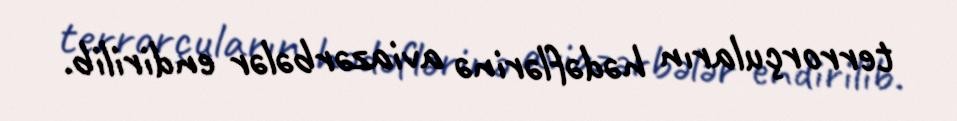
terrorçuların hədəflərinə aviazərbələr endirilib.